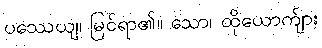
ပဿေယျ၊ မြင်ရာ၏။ သော၊ ထိုယောက်ျား